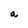
Character: a